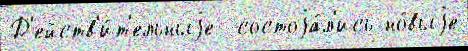
Д'ейств'и́т'ельныjе  состоjа́л'ись но́выjе